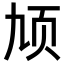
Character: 𬱓